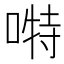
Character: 𭉪